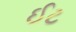
ઈટ